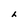
Character: h